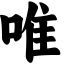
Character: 唯